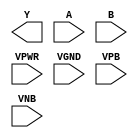
module sky130_fd_sc_hvl__xnor2 (
    Y   ,
    A   ,
    B   ,
    VPWR,
    VGND,
    VPB ,
    VNB
);

    output Y   ;
    input  A   ;
    input  B   ;
    input  VPWR;
    input  VGND;
    input  VPB ;
    input  VNB ;
endmodule